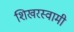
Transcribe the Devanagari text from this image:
शिखरस्वामी